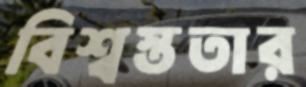
বিশ্বস্ততার